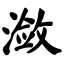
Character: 潋